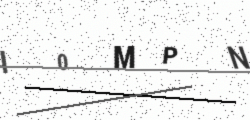
Text: I0MPN